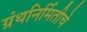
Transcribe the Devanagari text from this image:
ग्रंथनिर्मितीचे